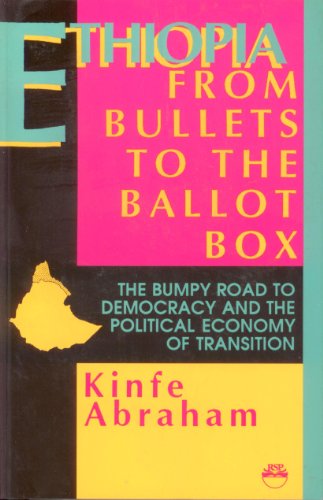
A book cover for Ethiopia: From Bullets to the Ballot Box: The Bumpy Road to Democracy and the Political Economy of Transition; Kinfe Abraham; History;